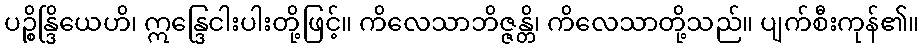
ပဉ္စိန္ဒြိယေဟိ၊ ဣန္ဒြေငါးပါးတို့ဖြင့်။ ကိလေသာဘိဇ္ဇန္တိ၊ ကိလေသာတို့သည်။ ပျက်စီးကုန်၏။